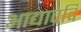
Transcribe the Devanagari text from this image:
आद्यावदि